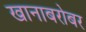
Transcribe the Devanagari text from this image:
खानाबरोबर